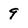
Character: 9